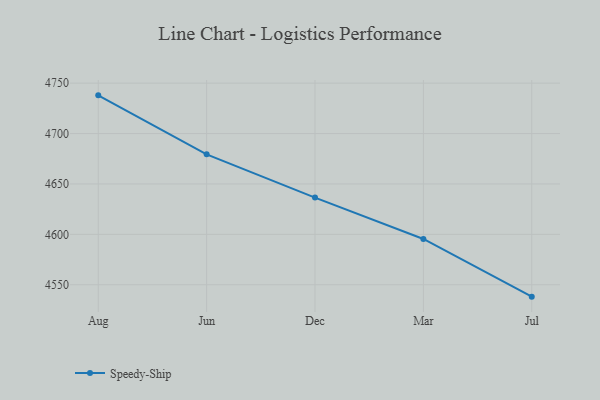
{"axis": {"x": "Month", "y": "Revenue (USD Million)"}, "legend": ["Speedy-Ship"], "data": [{"x": "Aug", "y": 4737.9, "type": "Speedy-Ship"}, {"x": "Jun", "y": 4679.4, "type": "Speedy-Ship"}, {"x": "Dec", "y": 4636.5, "type": "Speedy-Ship"}, {"x": "Mar", "y": 4595.4, "type": "Speedy-Ship"}, {"x": "Jul", "y": 4538.2, "type": "Speedy-Ship"}]}